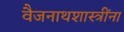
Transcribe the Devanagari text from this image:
वैजनाथशास्त्रींना